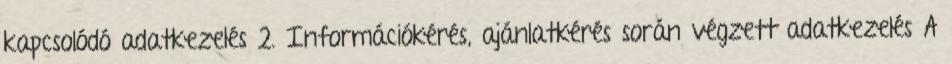
kapcsolódó adatkezelés 2. Információkérés, ajánlatkérés során végzett adatkezelés A